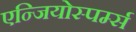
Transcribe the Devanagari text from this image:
एन्जियोस्पर्म्स